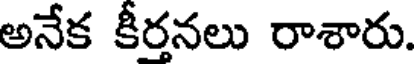
అనేక కీర్తనలు రాశారు.